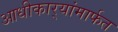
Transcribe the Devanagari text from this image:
आधीकार्‍यांमार्फत